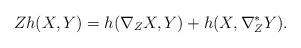
LaTeX: \begin{align*} Zh(X,Y) = h(\nabla_{Z}X , Y) + h(X, \nabla^{*}_{Z}Y). \end{align*}